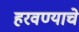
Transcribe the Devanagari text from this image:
हरवण्याचे